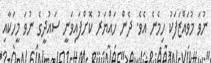
ނުވަ މުވައްޒަފަކު ހިމެނެ އެވެ. ދެން ހައްޔަރު ކޮށްފައިވަނީ ސައުދީގެ ނުވަ މީހަކާއި